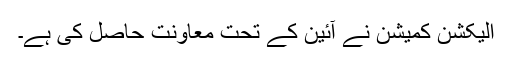
الیکشن کمیشن نے آئین کے تحت معاونت حاصل کی ہے۔